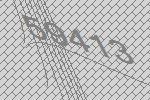
59413